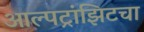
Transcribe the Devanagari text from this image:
आल्पट्रांझिटचा